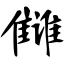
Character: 雠